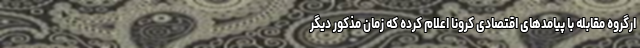
ارگروه مقابله با پیامدهای اقتصادی کرونا اعلام کرده که زمان مذکور دیگر